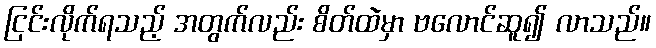
ငြင်းလိုက်ရသည့် အတွက်လည်း စိတ်ထဲမှာ ဗလောင်ဆူ၍ လာသည်။